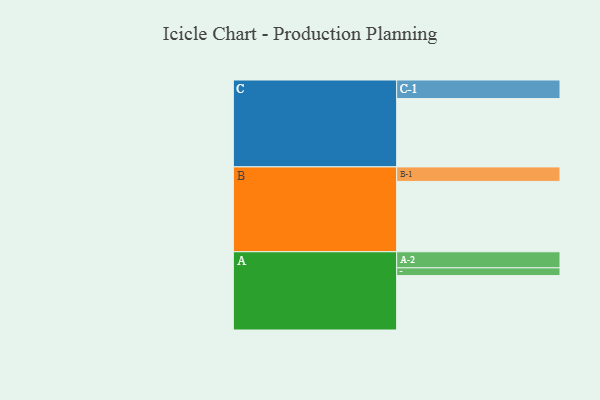
{"axis": {"x": "Segment", "y": "Value"}, "legend": ["", "A", "B", "C"], "data": [{"x": "A", "y": 427, "type": ""}, {"x": "B", "y": 552, "type": ""}, {"x": "C", "y": 536, "type": ""}, {"x": "A-1", "y": 61, "type": "A"}, {"x": "A-2", "y": 126, "type": "A"}, {"x": "B-1", "y": 114, "type": "B"}, {"x": "C-1", "y": 146, "type": "C"}]}